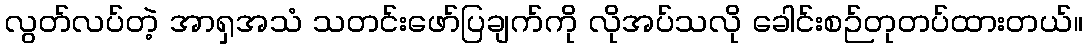
လွတ်လပ်တဲ့ အာရှအသံ သတင်းဖော်ပြချက်ကို လိုအပ်သလို ခေါင်းစဉ်တုတပ်ထားတယ်။